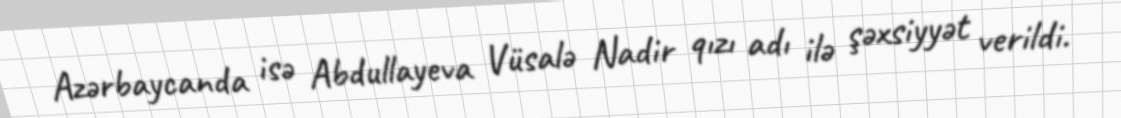
Azərbaycanda isə Abdullayeva Vüsalə Nadir qızı adı ilə şəxsiyyət verildi.